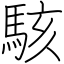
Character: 駭